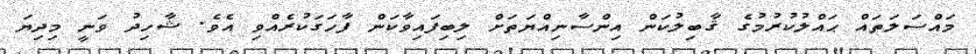
މައްސަލަތައް ޙައްލުކުރުމުގެ ޤާބިލުކަން އިންސާނިއްޔަތަށް ލިބިފައިވާކަން ފާހަގަކުރެއްވި އެވެ. ޝާހިދު ވަނީ މިދިޔަ